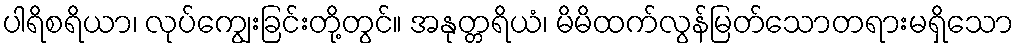
ပါရိစရိယာ၊ လုပ်ကျွေးခြင်းတို့တွင်။ အနုတ္တရိယံ၊ မိမိထက်လွန်မြတ်သောတရားမရှိသော